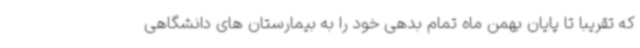
که تقریبا تا پایان بهمن ماه تمام بدهی خود را به بیمارستان های دانشگاهی